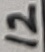
Text: 12